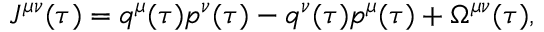
J ^ { \mu \nu } ( \tau ) = q ^ { \mu } ( \tau ) p ^ { \nu } ( \tau ) - q ^ { \nu } ( \tau ) p ^ { \mu } ( \tau ) + \Omega ^ { \mu \nu } ( \tau ) ,